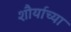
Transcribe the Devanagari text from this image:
शौर्याच्या